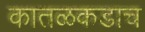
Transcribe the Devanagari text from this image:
कातळकडाच